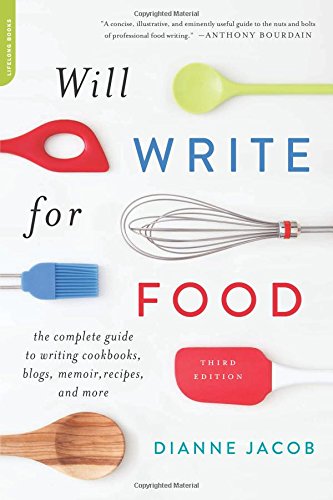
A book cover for Will Write for Food: The Complete Guide to Writing Cookbooks, Blogs, Memoir, Recipes, and More; Dianne Jacob; Cookbooks, Food & Wine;